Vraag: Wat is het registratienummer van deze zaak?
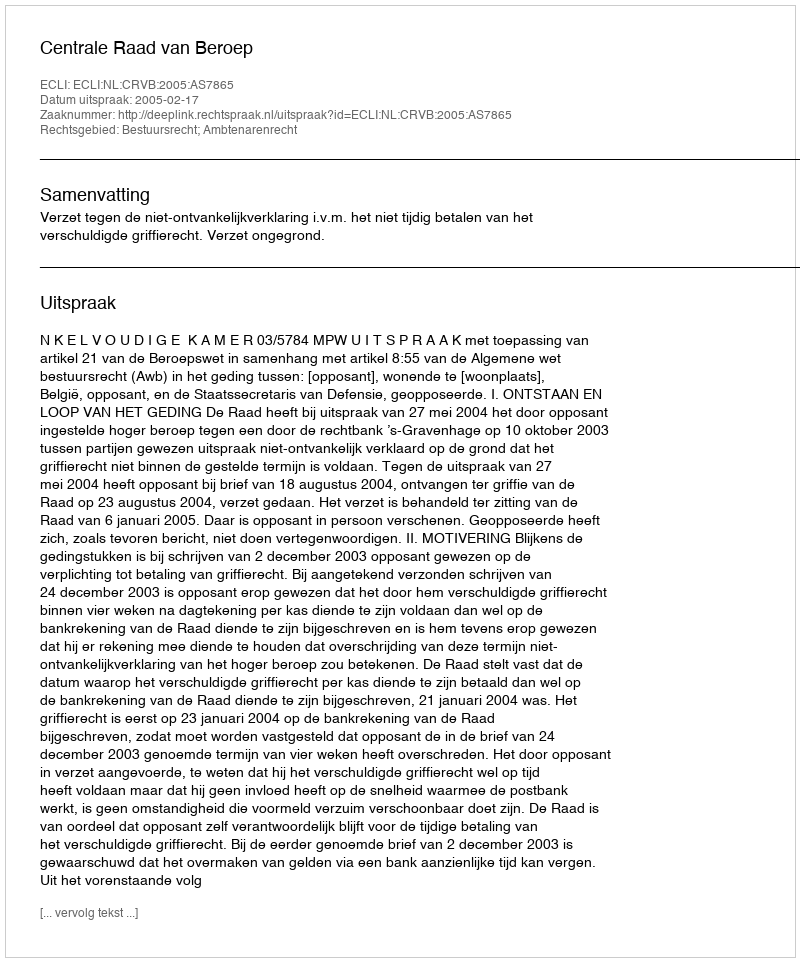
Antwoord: http://deeplink.rechtspraak.nl/uitspraak?id=ECLI:NL:CRVB:2005:AS7865